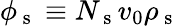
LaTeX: \phi_{\mathrm{~s~}}\equiv N_{\mathrm{~s~}}v_{0}\rho_{\mathrm{~s~}}